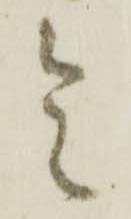
是